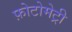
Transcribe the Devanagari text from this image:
फ़ोटोमेट्री